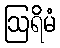
ဩရိမံ